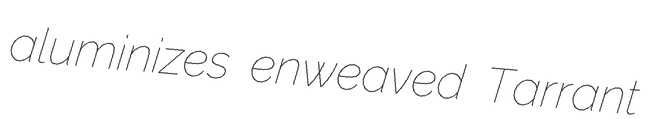
aluminizes enweaved Tarrant